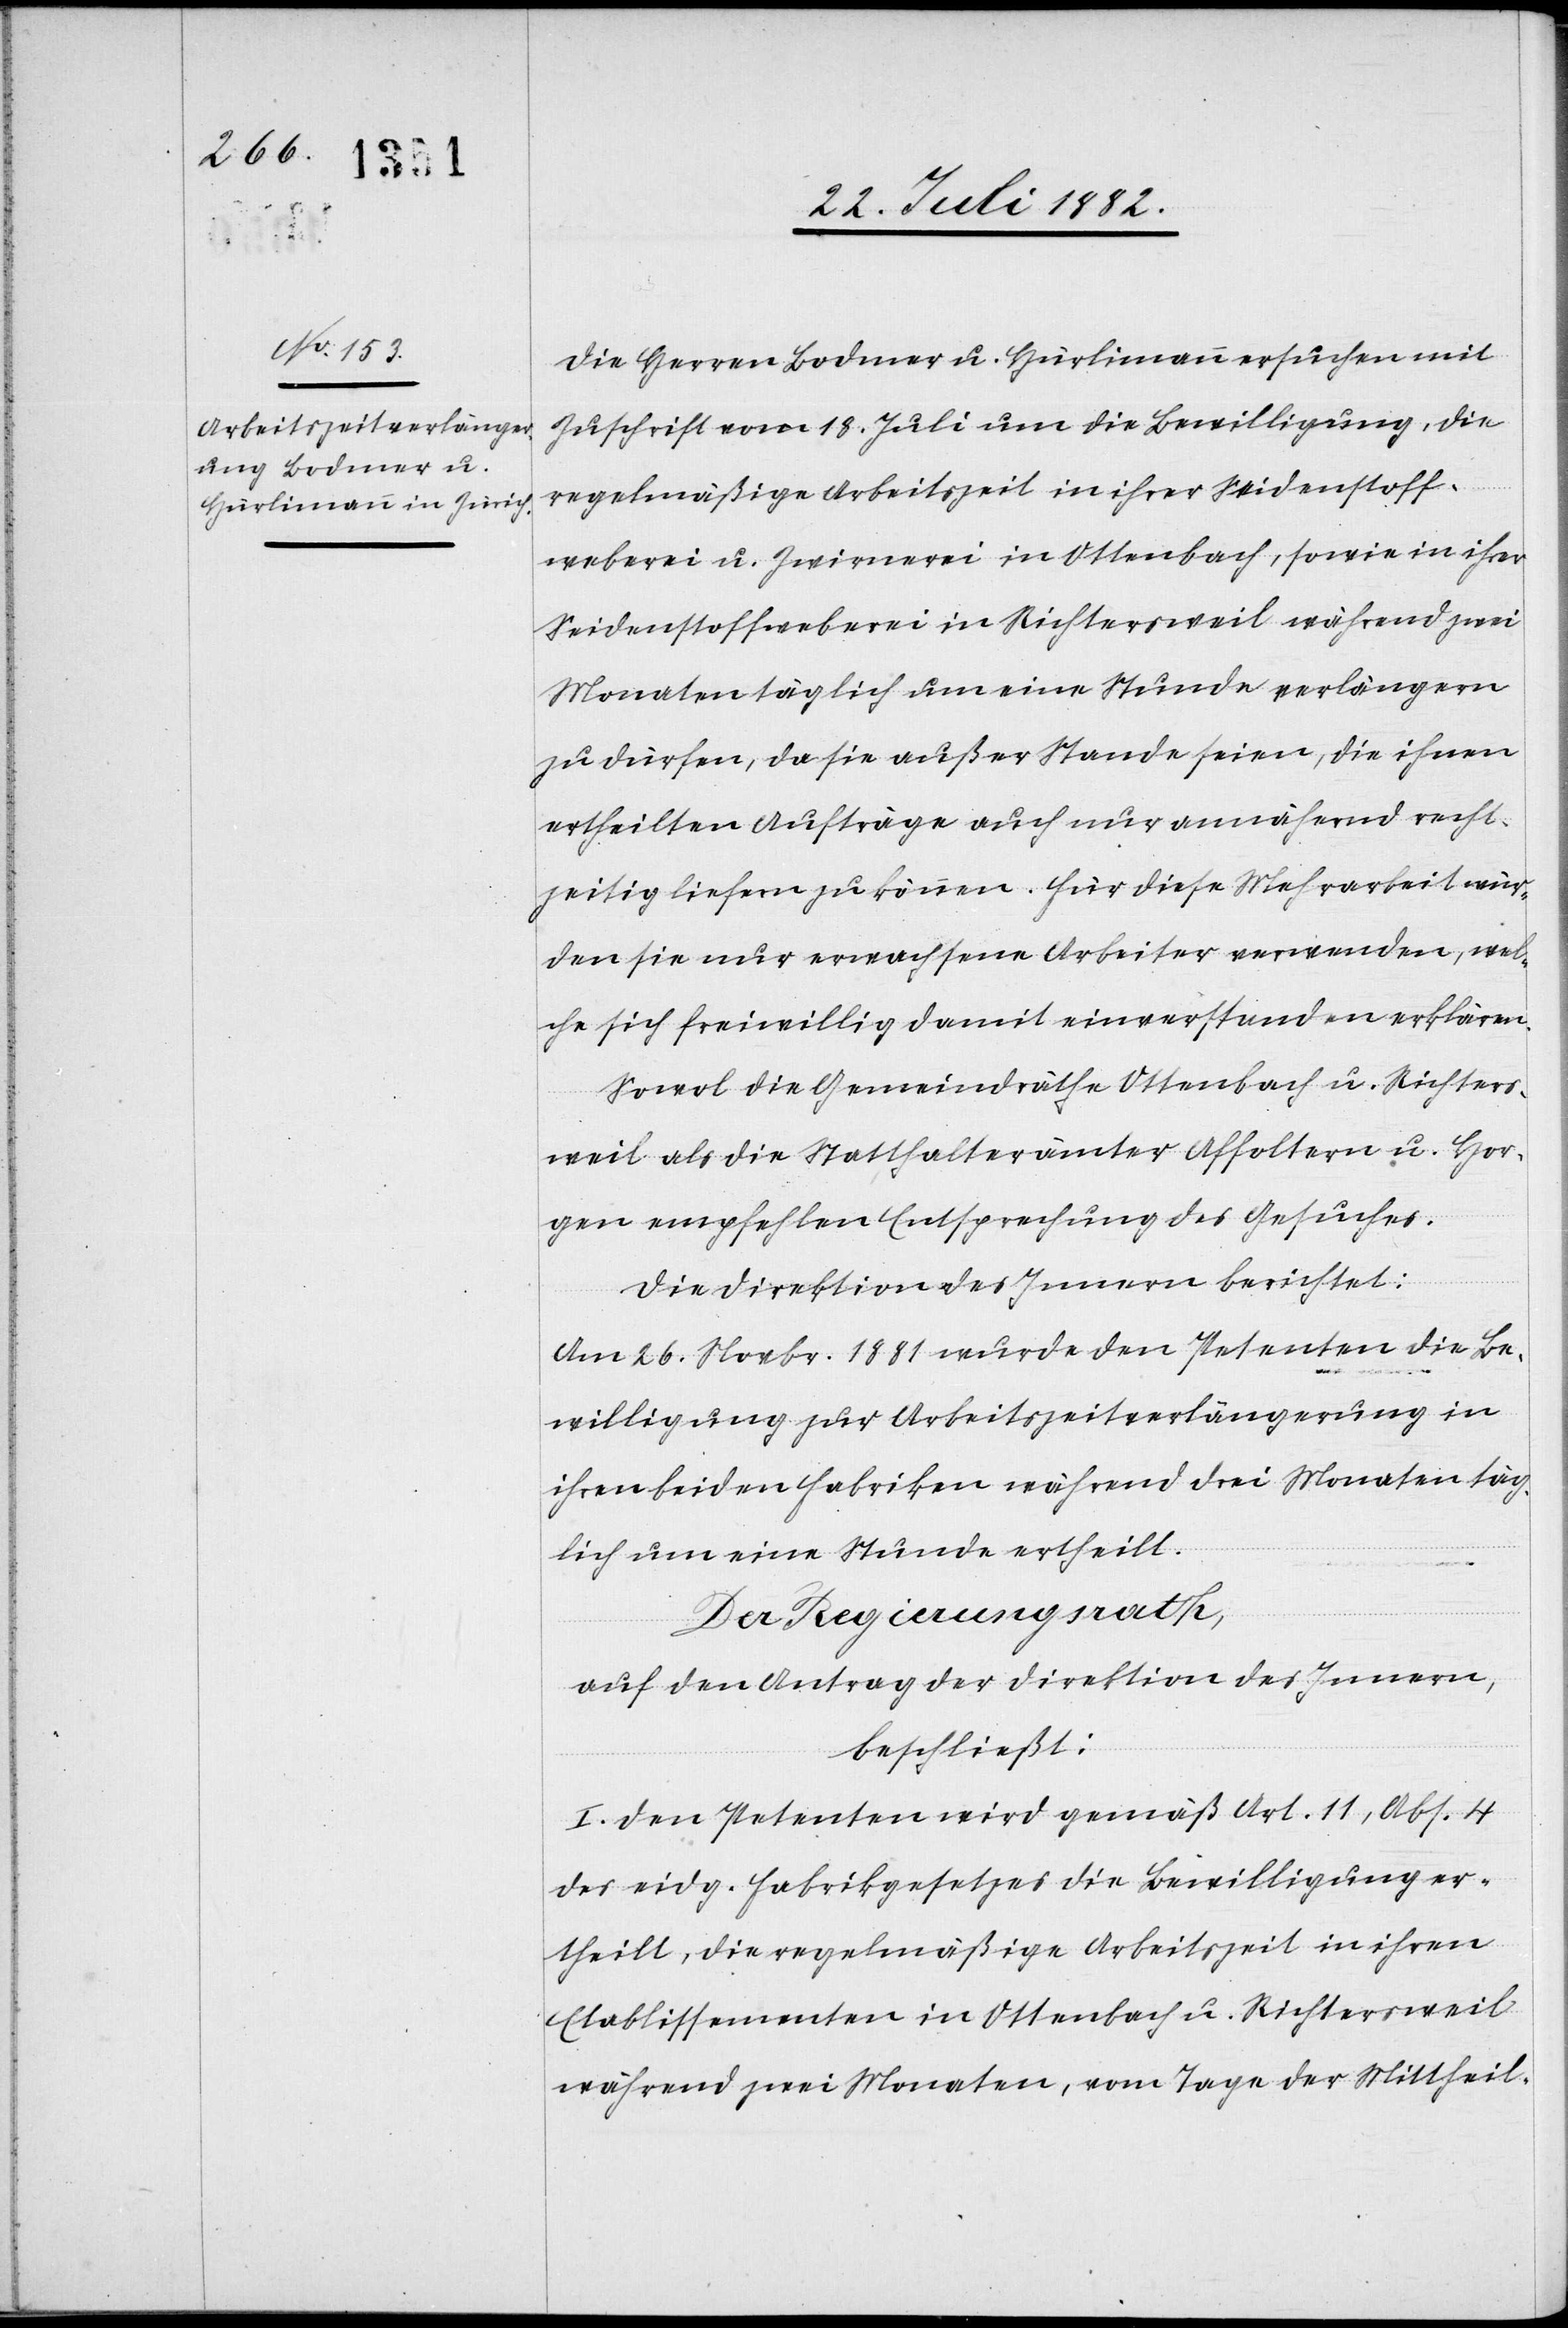
Die Herren Bodmer u. Hürlimann ersuchen mit
Zuschrift vom 18. Juli um die Bewilligung, die
regelmäßige Arbeitszeit in ihrer Seidenstoff¬
weberei u. Zwirrnerei in Ottenbach, sowie in ihrer
Seidenstoffweberei in Richtersweil während zwei
Monaten täglich um eine Stunde verlängern
zu dürfen, da sie außer Stande seien, die ihnen
ertheilten Aufträge auch nur annähernd recht¬
zeitig liefern zu können. Für diese Mehrarbeit wür¬
den sie nur erwachsene Arbeiter verwenden, wel¬
che sich freiwillig damit einverstanden erklären.
Sowol die Gemeindräthe Ottenbach u. Richters¬
weil als die Statthalterämter Affoltern u. Hor¬
gen empfehlen Entsprechung des Gesuches.
Die Direktion des Innern berichtet:
Am 26. Novbr. 1881 wurde den Petenten die Be¬
willigung zur Arbeitszeitverlängerung in
ihren beiden Fabriken während drei Monaten täg¬
lich um eine Stunde ertheilt.
De¬
r Regierungsrath,
auf den Antrag der Direktion des Innern,
beschließt:
I. Den Petenten wird gemäs Art. 11, Abs. 4
des eidg. Fabrikgesetzes die Bewilligung er¬
theilt, die regelmäßige Arbeitszeit in ihren
Etablissementen in Ottenbach u. Richtersweil
während zwei Monaten, vom Tage der Mittheil-